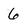
Character: 6